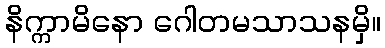
နိက္ကာမိနော ဂေါတမသာသနမှိ။